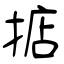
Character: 掂